Medical and sanitary report of the native army of Madras for the year
Year: 1878
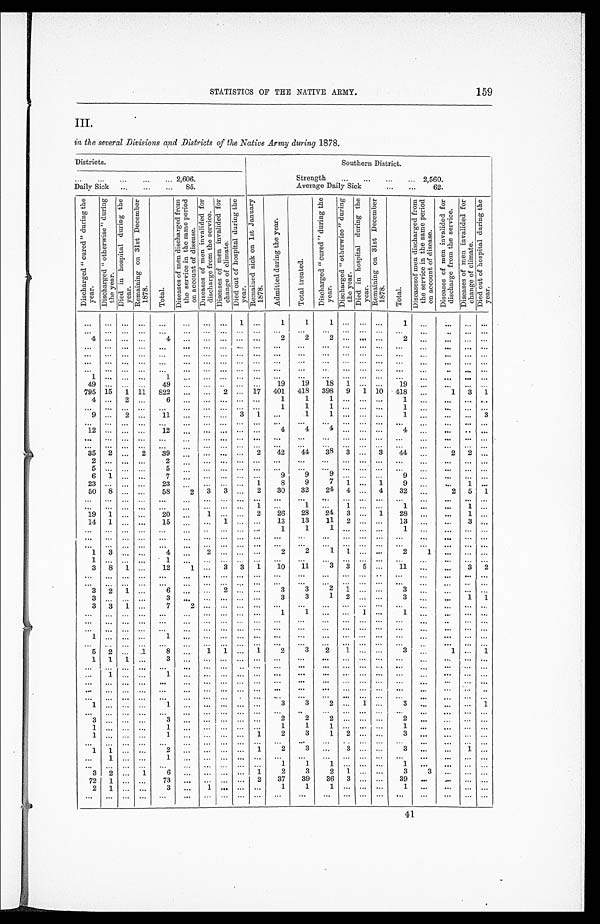
STATISTICS OF THE NATIVE ARMY.
III, in the several Divisions and Districts of the Native Army during 1878.
Districts.
Southern District.
. . . 2,606.
Strength . . . 2,560.
Daily Sick . . . 85.
Average Daily Sick . . . 62.
D i s c h a r g e d " c u r e d " d u r i n g t h e y e a r .
D i s c h a r g e d " o t h e r w i s e " d u r i n g t h e y e a r .
D i e d i n h o s p i t a l d u r i n g t h e y e a r .
R e m a i n i n g o n 3 1 s t D e c e m b e r 1 8 7 8 .
T o t a l .
D i s e a s e s o f m e n d i s c h a r g e r f r o m t h e s e r v i c e i n t h e s a m e p e r i o d o n a c c o u n t o f d i s e a s e .
D i s e a s e s o f m e n i n v a l i d e d f o r d i s c h a r g e f r o m t h e s e r v i c e .
D i s e a s e s o f m e n i n v a l i d e d f o r c h a n g e f r o m t h e c l i m a t e .
D i e d o u t o f h o s p i t a l d u r i n g t h e y e a r .
R e m a i n e d s i c k o n 1 s t J a n u a r y 1 8 7 8 .
A d m i t t e d d u r i n g t h e y e a r .
T o t a l t r e a t e d .
D i s c h a r g e d " c u r e d " d u r i n g t h e y e a r .
D i s c h a r g e d " o t h e r w i s e " d u r i n g t h e y e a r .
D i e d i n h o s p i t a l d u r i n g t h e y e a r .
R e m a i n i n g o n 3 1 s t D e c e m b e r 1 8 7 8 .
T o t a l .
D i s e a s e s o f m e n d i s c h a r g e d f r o m t h e s e r v i c e i n t h e s a m e p e r i o d o n a c c o u n t o f d i s e a s e .
D i s e a s e s o f m e n i n v a l i d e d f o r d i s c h a r g e f r o m t h e s e r v i c e .
D i s e a s e s o f m e n i n v a l i d e d f o r c h a n g e d o f c l i m a t e .
D i e d o u t o f h o s p i t a l d u r i n g t h e y e a r .
. . .
. . .
. . .
. . .
. . .
. . .
. . .
. . .
1
. . .
1
1
1
. . .
. . .. . .
1
. . .
. . .
. . .
. . .
. . . . . .
. . .
. . .
. . .
. . .
. . .
. . .. . .
. . .
. . .
. . . . . .
. . .
. . .
. . .
. . .
. . .
. . .
. . .
. . .
4 . . .
. . .
. . .
4
. . .
. . .
. . .
. . .
. . .
2
2
2
. . .
. . .. . .
2
. . .
. . .
. . .
. . .
. . .
. . .
. . .
. . .
. . .
. . .
. . .
. . . . . .
. . .
. . .
. . .
. . .
. . .
. . .
. . .
. . .
. . .
. . .
. . .
. . .
. . .
. . .
. . .
. . .
. . .
. . .
. . .
. . .
. . .
. . .
. . .
. . .
. . .
. . .
. . . . . .
. . .
. . .
. . .
. . .
. . .
. . .
. . .
. . .
. . . . . .
. . .
. . .
. . .
. . .
. . .
. . .
. . .
. . .
. . .
. . . . . .
. . .
. . .
. . .
. . .
. . .
. . .
. . .
. . .
. . . . . .
. . .
. . .
. . .
. . .
. . .
. . .
. . .
. . .
. . .
. . . . . .
. . .
. . .
. . .
. . .
. . .
1 . . .
. . .
. . .
1
. . .
. . .
. . .
. . .
. . .
. . .
. . .
. . .
. . .
. . . . . .
. . .
. . .
. . .
. . .
. . .
49 . . .
. . .
. . .
49
. . .
. . .
. . .
. . .
. . .
19
19
18
1
. . .
. . .
19
. . .
. . .
. . .
. . .
795
15
1
11
822
. . .
. . .
2 . . .
17
401
418
398
9
1
10
418
. . .
1
3
1
4
. . .
2
. . .
6
. . .
. . .
. . .
. . .
. . .
1
1
1
. . .
. . .
. . .
1
. . .
. . .. . .
. . .
. . .
. . .
. . .
. . .
. . .
. . .
. . .
. . .
. . .
. . .
1
1
1
. . .
. . .
. . .
1
. . .
. . .
. . .
. . .
9
. . .
2
. . .
11
. . .
. . .
. . .
3
1
. . .
1
1
. . .
. . .
. . .
1
. . .
. . .
. . .
3
1 2
. . .
. . .
. . .
1 2
. . .
. . .
. . .
. . .
. . .
4
4
4
. . .
. . .
. . .
4
. . .
. . .
. . .
. . .
. . .
. . .
. . .
. . .
. . .
. . .
. . .
. . .
. . .
. . .
. . .
. . .
. . .
. . .
. . .
. . .
. . .
. . .
. . .
. . .
. . .
. . .
. . .
. . .
. . .
. . .
. . .
. . .
. . . . . .
. . .
. . .
. . .
. . .
. . .
. . .
. . .
. . .
. . .
. . .
. . .
. . .
. . .
. . .
. . .
. . .
. . .
. . .
. . .
. . .
. . .
. . .
. . .
. . .
. . .
. . .
. . .
. . .
. . .
. . .
. . .
. . .
. . .
35
2
. . .
2
39
. . .
. . .
. . .
. . .
2
42
44
38
3
. . .
3
44
. . .
2
2
. . .
2
. . .
. . .
. . .
2
. . .
. . .
. . .
. . .
. . .
. . .
. . .
. . .
. . .
. . .
. . .
. . .
. . .
. . .
. . .
. . .
5
. . .
. . .
. . .
5
. . .
. . .
. . .
. . .
. . .
. . .
. . .
. . .
. . .
. . .
. . .
. . .
. . .
. . .
. . .
. . .
6
1
. . .
. . .
7
. . .
. . .
. . .
. . .
. . .
9
9
9
. . .
. . .
. . .
9
. . .
. . .
. . .
. . .
23
. . .
. . .
. . .
23
. . .
. . .
. . .
. . .
1
8
9
7
1
. . .
1
9
. . .
. . .
1
. . .
50
8
. . .
. . .
58
2
3
3
. . .
2
30
32
24
4
. . .
4
32
. . .
2
5
1
. . .
. . .
. . .
. . .
. . .
. . .
. . .
. . .
. . .
. . .
. . .
. . .
. . .
. . .
. . .
. . .
. . .
. . .
. . .
. . .
. . .
. . .
. . .
. . .
. . .
. . .
. . .
. . .
. . .
. . .
1
. . .
1
. . .
1
. . .
. . .
1
. . .
. . .
1
. . .
19
1
. . .
. . .
20
. . .
1
. . .
. . .
2
26
28
24
3
. . .
1
28
. . .
. . .
1
. . .
14
1
. . .
. . .
15
. . .
. . .
1
. . .
. . .
13
13
11
2
. . .
. . .
13
. . .
. . .
3
. . .
. . .
. . .
. . .
. . .
. . .
. . .
. . .
. . .
. . .
. . .
1
1
1
. . .
. . .
. . .
1
. . .
. . .
. . .
. . .
. . .
. . .
. . .
. . .
. . .
. . .
. . .
. . .
. . .
. . .
. . .
. . .
. . .
. . .
. . .
. . .
. . .
. . .
. . .
. . .
. . .
. . .
. . .
. . .
. . .
. . .
. . .
. . .
. . .
. . .
. . .
. . .
. . .
. . .
. . .
. . .
. . .
. . .
. . .
. . .
. . .
. . .
1
3
. . .
. . .
4
. . .
2
. . .
. . .
. . .
2
2
1
1
. . . . . .
2
1
. . .
. . .
. . .
1
. . .
. . .
. . .
1
. . .
. . .
. . .
. . .
. . .
. . .
. . .
. . .
. . .
. . .
. . .
. . .
. . .
. . .
. . .
. . .
3
8
1
. . .
12
1
. . .
3
3
1
10
11
3
3
5 . . .
1 1
. . .
. . .
3
2
. . .
. . .
. . .
. . .
. . .
. . .
. . .
. . .
. . .
. . .
. . .
. . .
. . .
. . .
. . .
. . .
. . .
. . .
. . .
. . .
. . .
. . .
. . .
. . .
. . .
. . .
. . .
. . .
. . .
. . .
. . .
. . .
. . .
. . .
. . .
. . .
. . .
. . .
. . .
. . .
. . .
. . .
3
2
1
. . .
6
. . .
. . .
2
. . .
. . .
3
3
2
1
. . .
. . .
3
. . .
. . .
. . .
. . .
3
. . .
. . .
. . .
3
. . .
. . .
. . .
. . .
. . .
3
3
1
2
. . .
. . .
3
. . .
. . .
1
1
3
3
1
. . .
7
2
. . .
. . .
. . .
. . .
. . .
. . .
. . .
. . .
. . .
. . .
. . .
. . .
. . .
. . .
. . .
. . .
. . .
. . .
. . .
. . .
. . .
. . .
. . .
. . .
. . .
1
1
. . .
. . . 1
. . .
1
. . .
. . .
. . .
. . .
. . .
. . .
. . .
. . .
. . .
. . .
. . .
. . .
. . .
. . .
. . .
. . .
. . .
. . .
. . .
. . .
. . .
. . .
. . .
. . .
. . .
. . .
. . .
. . .
. . .
. . .
. . .
. . .
. . .
. . .
. . .
. . .
. . .
. . .
. . .
. . .
. . .
. . .
. . .
. . .
. . .
. . .
1
. . .
. . .
. . .
1
. . .
. . .
. . .
. . .
. . .
. . .
. . .
. . .
. . .
. . .
. . .
. . .
. . .
. . .
. . .
. . .
. . .
. . .
. . .
. . .
. . .
. . .
. . .
. . .
. . .
. . .
. . .
. . .
. . .
. . .
. . .
. . .
. . .
. . .
. . .
. . .
. . .
5
2
. . .
1
8
. . .
1
1
. . .
1
2
3
2
1
. . .
. . .
3
. . .
1
. . .
1
1
1
1
. . .
3
. . .
. . . . . .
. . .
. . .
. . .
. . .
. . .
. . .
. . .
. . .
. . .
. . .
. . .
. . .
. . .
. . .
. . .
. . .
. . .
. . .
. . .
. . .
. . .
. . .
. . .
. . .
. . .
. . .
. . .
. . .
. . .
. . .
. . .
. . .
. . .
. . .
. . .
1
. . .
. . .
1
. . .
. . .
. . .
. . .
. . .
. . .
. . .
. . .
. . .
. . .
. . .
. . .
. . .
. . .
. . .
. . .
. . .
. . .
. . .
. . .
. . .
. . .
. . .
. . .
. . .
. . .
. . .
. . .
. . .
. . .
. . .
. . .
. . .
. . .
. . .
. . .
. . .
. . .
. . .
. . .
. . .
. . .
. . .
. . .
. . .
. . .
. . .
. . .
. . .
. . .
. . .
. . .
. . .
. . .
. . .
. . .
. . .
. . .
. . .
. . .
. . .
. . .
. . .
. . .
. . .
. . .
. . .
. . .
. . .
. . .
. . .
. . .
. . .
. . .
. . .
. . .
. . .
. . .
. . .
1
. . .
. . .
. . .
1
. . .
. . .
. . .
. . .
. . .
3
3
2
. . .
1
. . .
3
. . .
. . .
. . .
1
. . .
. . .
. . .
. . .
. . .
. . .
. . .
. . .
. . .
. . .
. . .
. . .
. . .
. . .
. . .
. . .
. . .
. . .
. . .
. . .
. . .
3
. . .
. . .
. . .
3
. . .
. . .
. . .
. . .
. . .
2
2
2
. . .
. . .
. . .
2
. . .
. . .
. . .
. . .
1
. . .
. . .
. . .
1
. . .
. . .
. . .
. . .
. . .
1
1
1
. . .
. . .
. . .
1
. . .
. . .
. . .
. . .
1
. . .
. . .
. . .
1
. . .
. . .
. . .
. . .
1
2
3
1
2
. . .
. . .
3
. . .
. . .
. . .
. . .
. . .
. . .
. . .
. . .
. . .
. . .
. . .
. . .
. . .
. . .
. . .
. . .
. . .
. . .
. . .
. . .
. . .
. . .
. . .
. . .
. . .
1
1
. . .
. . .
2
. . .
. . .
. . .
. . .
1
2
3
. . .
3
. . .
. . .
3
. . .
. . .
1
. . .
. . .
1
. . .
. . .
1
. . .
. . .
. . .
. . .
. . .
. . .
. . .
. . .
. . .
. . .
. . .
. . .
. . .
. . .
. . .
. . .
. . .
. . .
. . .
. . .
. . .
. . .
. . .
. . .
. . .
. . .
1
1
1
. . .
. . .
. . .
1
. . .
. . .
. . .
. . .
3
2
. . .
1
6
. . .
. . .
. . .
. . .
1
2
3
2
1
. . .
. . .
3
3
. . .
. . .
. . .
7 2
1
. . .
. . .
73
. . .
. . .
. . .
. . .
2
37
39
36
3
. . .
. . .
39
. . .
. . .
. . .
. . .
2
1
. . .
. . .
3
. . .
1
. . .
. . .
. . .
1
1
1
. . .
. . .
. . .
1
. . .
. . .
. . .
. . .
. . .
. . .
. . .
. . .
. . .
. . .
. . .
. . .
. . .
. . .
. . .
. . .
. . .
. . .
. . .
. . .
. . .
. . .
. . .
. . .
. . .
159
41